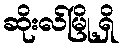
ဆိုးလ်မြို့ရှိ